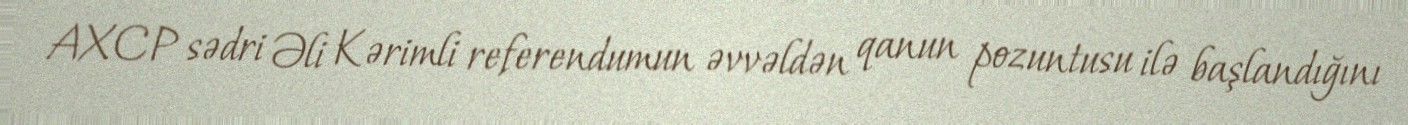
AXCP sədri Əli Kərimli referendumun əvvəldən qanun pozuntusu ilə başlandığını